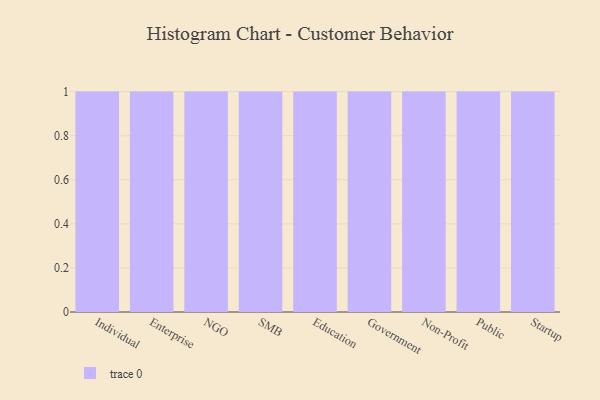
{"axis": {"x": "Segment", "y": "Demand Index"}, "legend": [""], "data": [{"x": "Individual", "y": 18, "type": ""}, {"x": "Enterprise", "y": 22, "type": ""}, {"x": "NGO", "y": 32, "type": ""}, {"x": "SMB", "y": 87, "type": ""}, {"x": "Education", "y": 78, "type": ""}, {"x": "Government", "y": 54, "type": ""}, {"x": "Non-Profit", "y": 87, "type": ""}, {"x": "Public", "y": 98, "type": ""}, {"x": "Startup", "y": 50, "type": ""}]}